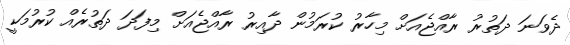
ދެވަނަ ދަތުރު ރާއްޖެއަށް މިހާރު ކުރަމުން ދާއިރު ރާއްޖެއަށް މިފަދަ ދަތުރެއް ކުރުމަކީ